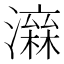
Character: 𤀮